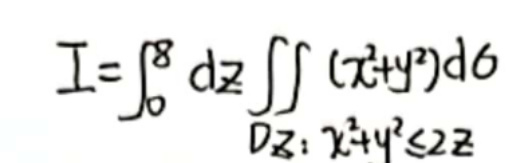
\[
I = \int_{0}^{8} dz \iint_{D_z} (x^{2}+y^{2}) d\sigma,\quad D_z: x^{2}+y^{2}\leq 2z
\]